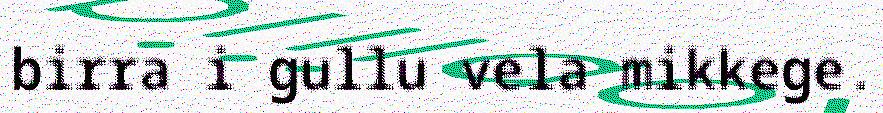
birra i gullu vela mikkege.